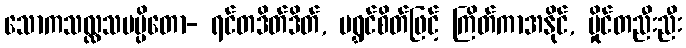
သောကသလ္လသမပ္ပိတော- ရင်တဒိတ်ဒိတ်, မရွှင်စိတ်ဖြင့် ကြိတ်ကာအနိုင်, မှိုင်တညီးညီး